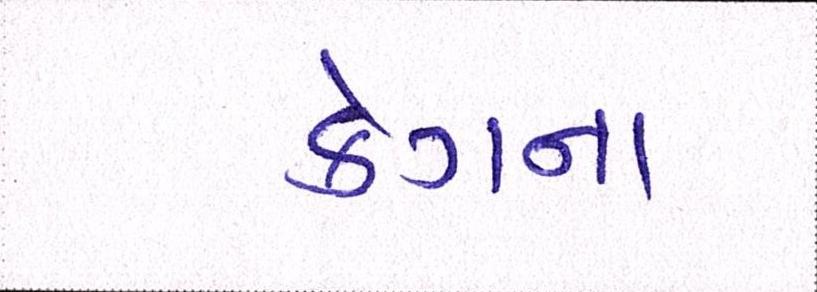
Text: કેગના